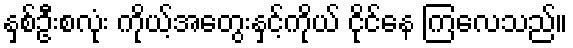
နှစ်ဦးစလုံး ကိုယ့်အတွေးနှင့်ကိုယ် ငိုင်နေ ကြလေသည်။